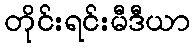
တိုင်းရင်းမီဒီယာ